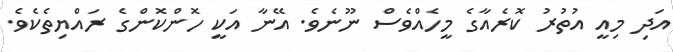
އަދި މިއީ އުތުރު ކޮރެއާގެ މީހެއްވެސް ނޫނެވެ. އޭނާ އަކީ ހޮންކޮންގެ ރައްޔިތެކެވެ.